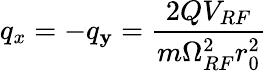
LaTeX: q_{x}=-q_{\mathbf{y}}=\frac{{2QV_{RF}}}{{m\Omega_{RF}^{2}r_{0}^{2}}}